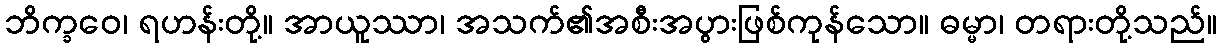
ဘိက္ခဝေ၊ ရဟန်းတို့။ အာယူဿာ၊ အသက်၏အစီးအပွားဖြစ်ကုန်သော။ ဓမ္မာ၊ တရားတို့သည်။